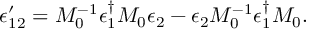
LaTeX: \epsilon _ { 1 2 } ^ { \prime } = M _ { 0 } ^ { - 1 } \epsilon _ { 1 } ^ { \dagger } M _ { 0 } \epsilon _ { 2 } - \epsilon _ { 2 } M _ { 0 } ^ { - 1 } \epsilon _ { 1 } ^ { \dagger } M _ { 0 } .